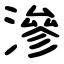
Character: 滲